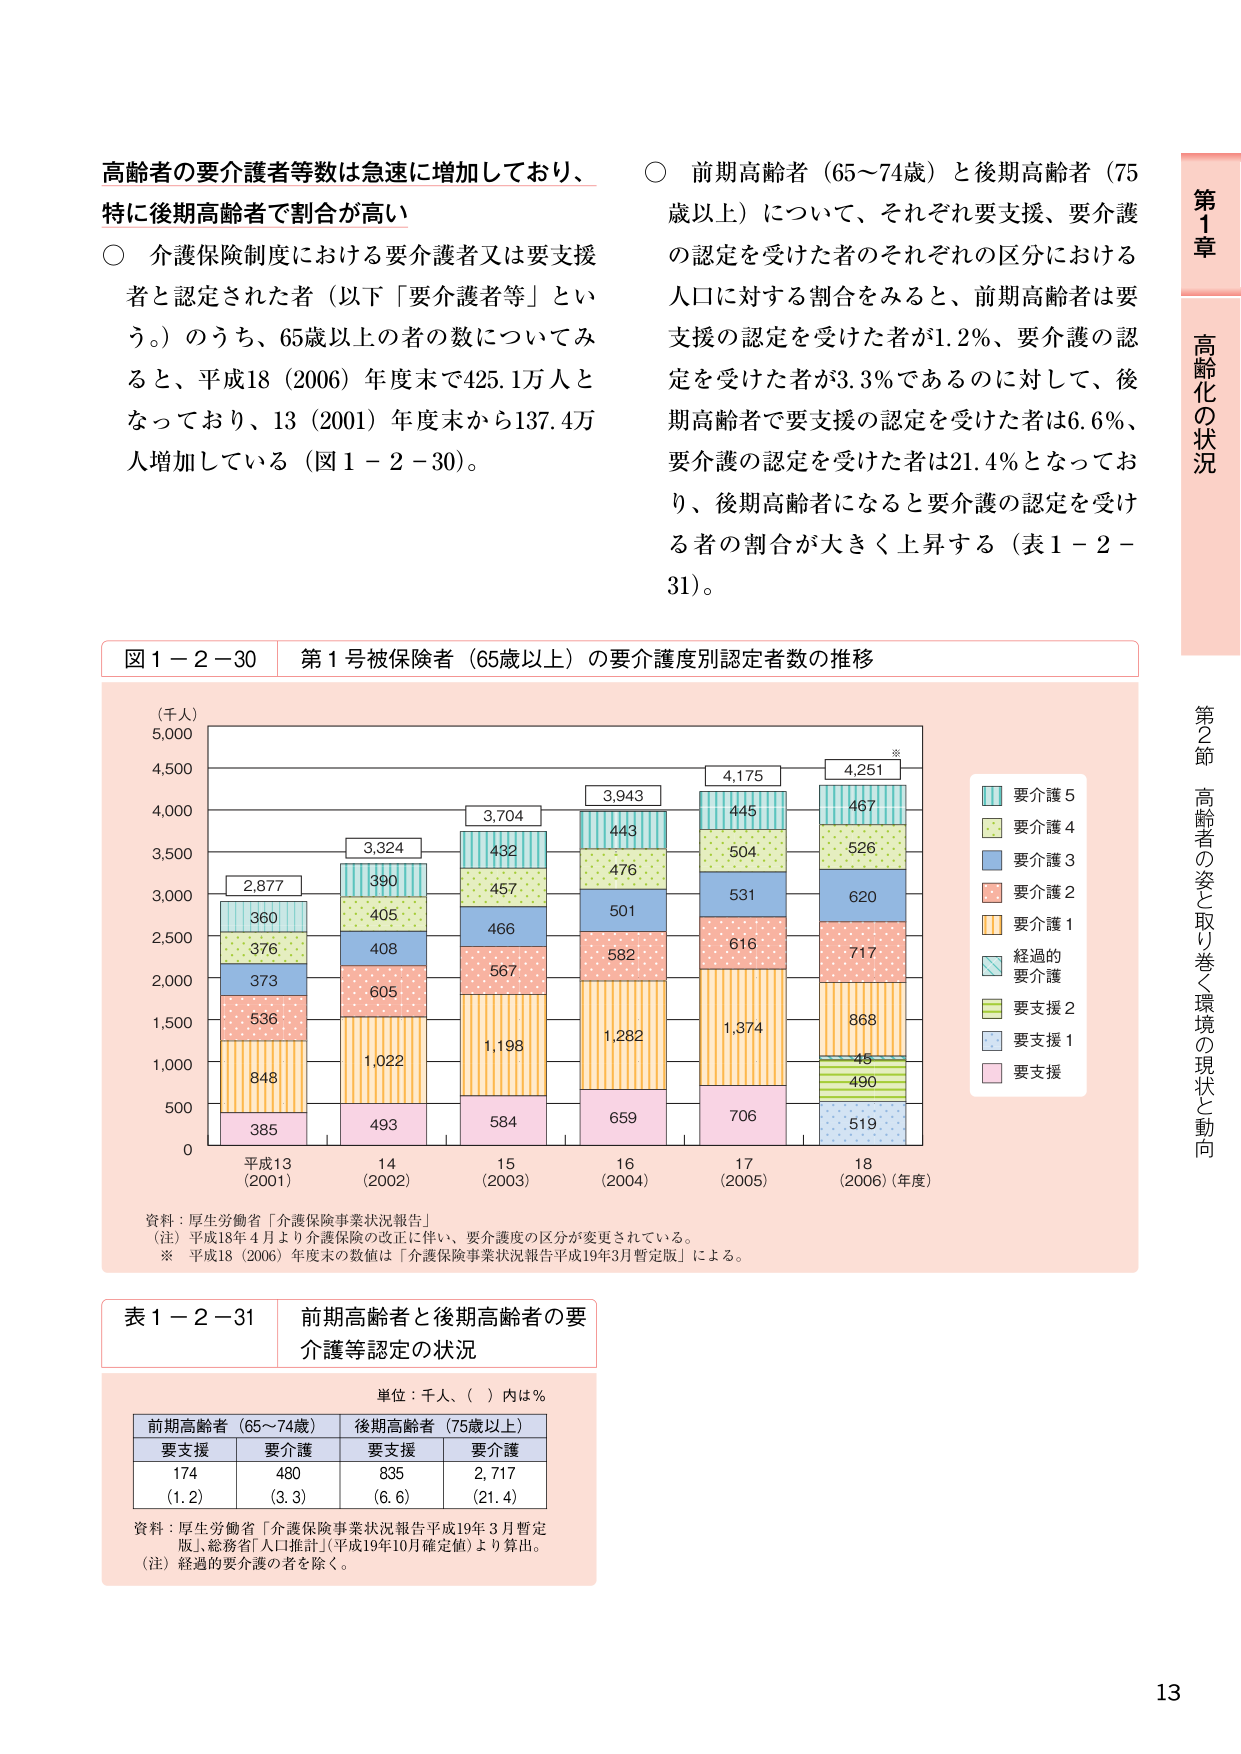
高齢者の要介護者等数は急速に増加しており、
特に後期高齢者で割合が高い

○ 介護保険制度における要介護者又は要支援
者と認定された者（以下「要介護者等」とい
う。）のうち、65歳以上の者の数についてみ
ると、平成18（2006）年度末で425.1万人と
なっており、13（2001）年度末から137.4万
人増加している（図1－2－30）。

○ 前期高齢者（65～74歳）と後期高齢者（75
歳以上）について、それぞれ要支援、要介護
の認定を受けた者のそれぞれの区分における
人口に対する割合をみると、前期高齢者は要
支援の認定を受けた者が1.2％、要介護の認
定を受けた者が3.3％であるのに対して、後
期高齢者で要支援の認定を受けた者は6.6％、
要介護の認定を受けた者は21.4％となってお
り、後期高齢者になると要介護の認定を受け
る者の割合が大きく上昇する（表1－2－
31）。

図1－2－30 第1号被保険者（65歳以上）の要介護度別認定者数の推移

（千人）
5,000
4,500
4,000
3,500
3,000
2,500
2,000
1,500
1,000
500
0

平成13
（2001）
2,877
360
376
373
536
848
385

14
（2002）
3,324
390
405
408
605
1,022
493

15
（2003）
3,704
432
457
466
567
1,198
584

16
（2004）
3,943
443
476
501
582
1,282
659

17
（2005）
4,175
445
504
531
616
1,374
706

18
（2006）（年度）
4,251※
467
526
620
717
868
45
490
519

要介護5
要介護4
要介護3
要介護2
要介護1
経過的
要介護
要支援2
要支援1
要支援

資料：厚生労働省「介護保険事業状況報告」
（注）平成18年4月より介護保険の改正に伴い、要介護度の区分が変更されている。
※ 平成18（2006）年度末の数値は「介護保険事業状況報告平成19年3月暫定版」による。

表1－2－31 前期高齢者と後期高齢者の要
介護等認定の状況

単位：千人、（　）内は％

前期高齢者（65～74歳）　後期高齢者（75歳以上）
要支援　要介護　要支援　要介護
174　480　835　2,717
（1.2）　（3.3）　（6.6）　（21.4）

資料：厚生労働省「介護保険事業状況報告平成19年3月暫定
版」、総務省「人口推計」（平成19年10月確定値）より算出。
（注）経過的要介護の者を除く。

第1章
高齢化の状況
第2節 高齢者の姿と取り巻く環境の現状と動向

13